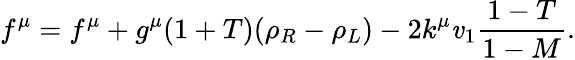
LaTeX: f^{\mu}=f^{\mu}+g^{\mu}(1+T)(\rho_{R}-\rho_{L})-2k^{\mu}\mathit{v}_{1}\frac{{1-T}}{{1-M}}.